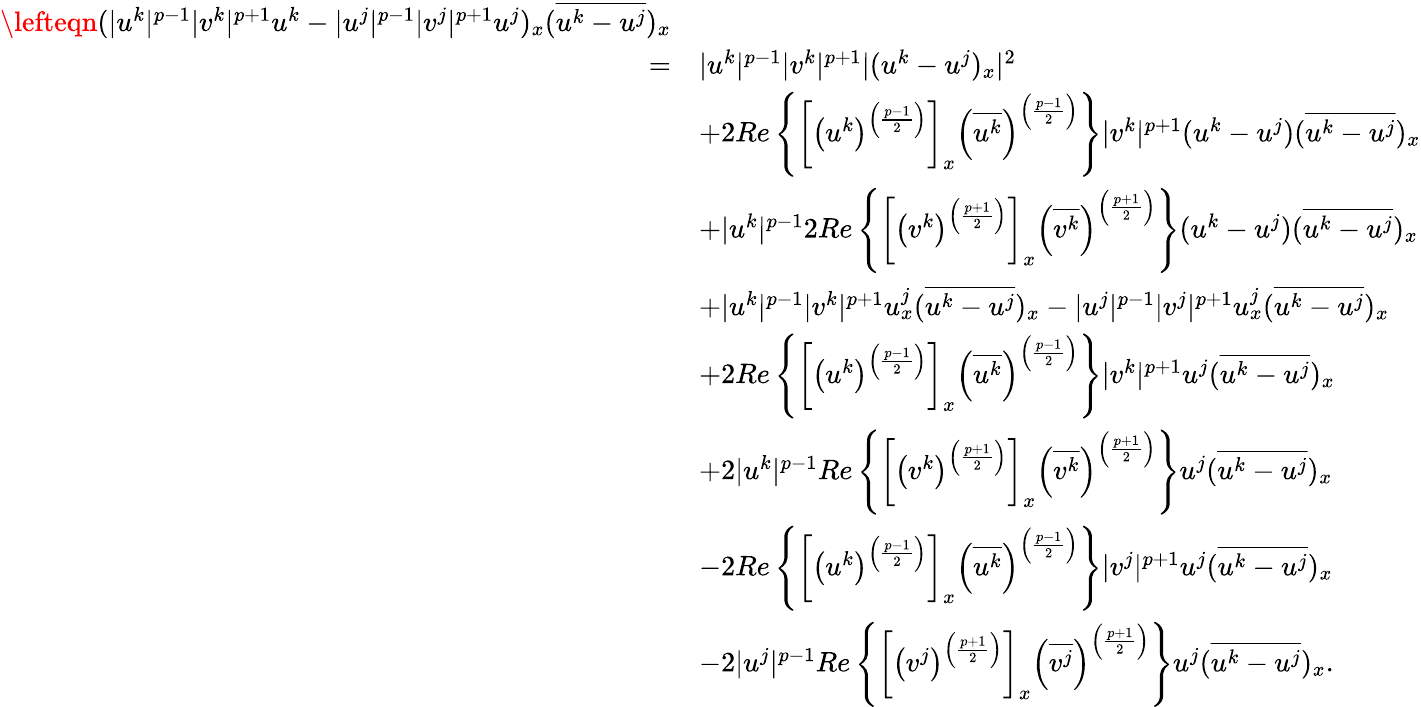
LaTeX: \begin{array}{rl}{\lefteqn{(|u^{k}|^{p-1}|v^{k}|^{p+1}u^{k}-|u^{j}|^{p-1}|v^{j}|^{p+1}u^{j})_{x}(\overline{{u^{k}-u^{j}}})_{x}}}\\ {=}&{|u^{k}|^{p-1}|v^{k}|^{p+1}|(u^{k}-u^{j})_{x}|^{2}}\\ &{+2Re\left\{ \left[\left(u^{k}\right)^{\left(\frac{p-1}{2}\right)}\right]_{x}\left(\overline{{u^{k}}}\right)^{\left(\frac{p-1}{2}\right)}\right\} |v^{k}|^{p+1}(u^{k}-u^{j})(\overline{{u^{k}-u^{j}}})_{x}}\\ &{+|u^{k}|^{p-1}2Re\left\{ \left[\left(v^{k}\right)^{\left(\frac{p+1}{2}\right)}\right]_{x}\left(\overline{{v^{k}}}\right)^{\left(\frac{p+1}{2}\right)}\right\} (u^{k}-u^{j})(\overline{{u^{k}-u^{j}}})_{x}}\\ &{+|u^{k}|^{p-1}|v^{k}|^{p+1}u_{x}^{j}(\overline{{u^{k}-u^{j}}})_{x}-|u^{j}|^{p-1}|v^{j}|^{p+1}u_{x}^{j}(\overline{{u^{k}-u^{j}}})_{x}}\\ &{+2Re\left\{ \left[\left(u^{k}\right)^{\left(\frac{p-1}{2}\right)}\right]_{x}\left(\overline{{u^{k}}}\right)^{\left(\frac{p-1}{2}\right)}\right\} |v^{k}|^{p+1}u^{j}(\overline{{u^{k}-u^{j}}})_{x}}\\ &{+2|u^{k}|^{p-1}Re\left\{ \left[\left(v^{k}\right)^{\left(\frac{p+1}{2}\right)}\right]_{x}\left(\overline{{v^{k}}}\right)^{\left(\frac{p+1}{2}\right)}\right\} u^{j}(\overline{{u^{k}-u^{j}}})_{x}}\\ &{-2Re\left\{ \left[\left(u^{k}\right)^{\left(\frac{p-1}{2}\right)}\right]_{x}\left(\overline{{u^{k}}}\right)^{\left(\frac{p-1}{2}\right)}\right\} |v^{j}|^{p+1}u^{j}(\overline{{u^{k}-u^{j}}})_{x}}\\ &{-2|u^{j}|^{p-1}Re\left\{ \left[\left(v^{j}\right)^{\left(\frac{p+1}{2}\right)}\right]_{x}\left(\overline{{v^{j}}}\right)^{\left(\frac{p+1}{2}\right)}\right\} u^{j}(\overline{{u^{k}-u^{j}}})_{x}.}\end{array}